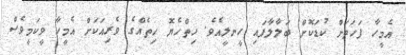
އެމީހާ ފަހަތަށް ކުޑަކޮށް ބަލާލާފައި ހީނލީއެވެ. ހިތްހެޔޮ ހިތެއްގެ ވެރިއަކަށް އެމީހާ ވީކަމީވެސް